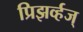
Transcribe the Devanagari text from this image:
प्रिझर्व्हज्